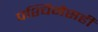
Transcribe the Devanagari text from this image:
पश्चिमेसही